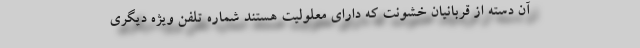
آن دسته از قربانیان خشونت که دارای معلولیت هستند شماره تلفن ویژه دیگری